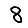
Digit: 8